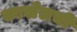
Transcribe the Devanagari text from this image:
कासेलची